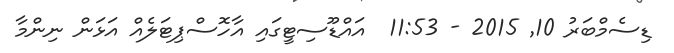
ޑިސެމްބަރު 10